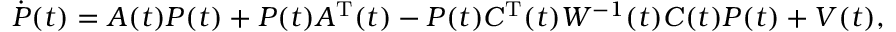
{ \dot { P } } ( t ) = A ( t ) P ( t ) + P ( t ) A ^ { \mathrm { T } } ( t ) - P ( t ) C ^ { \mathrm { T } } ( t ) { \mathbf { } } W ^ { - 1 } ( t ) C ( t ) P ( t ) + V ( t ) ,